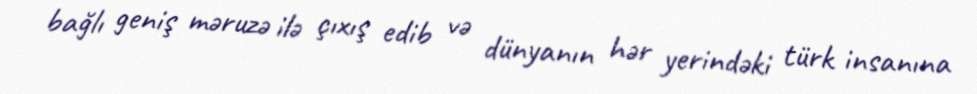
bağlı geniş məruzə ilə çıxış edib və dünyanın hər yerindəki türk insanına